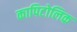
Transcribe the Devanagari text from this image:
कापिटोलिक